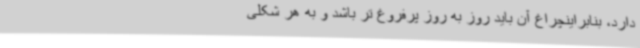
دارد، بنابراینچراغ آن باید روز به روز پرفروغ تر باشد و به هر شکلی